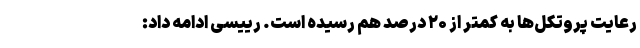
رعایت پروتکل‌ها به کمتر از ۲۰ درصد هم رسیده است. رییسی ادامه داد: